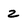
Character: 2